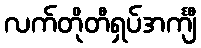
လက်တိုတီရှပ်အင်္ကျီ